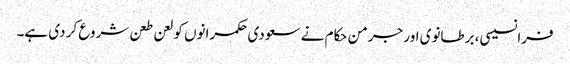
فرانسیسی، برطانوی اور جرمن حکام نے سعودی حکمرانوں کو لعن طعن شروع کر دی ہے۔